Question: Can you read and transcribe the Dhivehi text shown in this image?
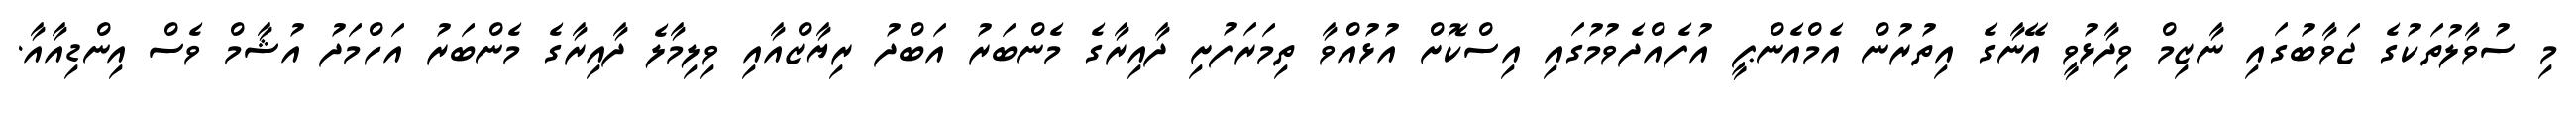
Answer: މި ސުވާލުތަކުގެ ޖަވާބުގައި ނާޒިމް ވިދާޅުވީ އޭނާގެ އިތުރުން އެމްއެންޕީ އުފެއްދެވުމުގައި އިސްކޮށް އުޅުއްވާ ތިމަރަފުށި ދާއިރާގެ މެންބަރު އަބްދު ރިޔާޒްއާއި ވިލިމާލެ ދާއިރާގެ މެންބަރު އަހްމަދު އުޝާމް ވެސް އިންޑިއާއާ.